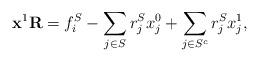
LaTeX: \begin{align*}\mathbf{x}^1 \mathbf{R} = f_i^S - \sum_{j \in S} r_j^S x_j^0 + \sum_{j \in S^c} r_j^S x_j^1,\end{align*}